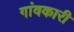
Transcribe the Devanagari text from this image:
गांवकारी